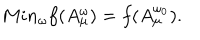
M i n _ { \omega } f ( A _ { \mu } ^ { \omega } ) = f ( A _ { \mu } ^ { \omega _ { 0 } } ) .